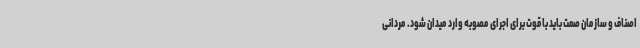
اصناف و سازمان صمت باید با قوت برای اجرای مصوبه وارد میدان شود. مردانی